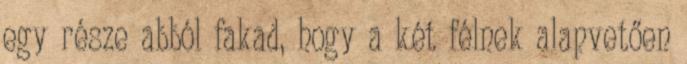
egy része abból fakad, hogy a két félnek alapvetően